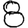
Digit: 8